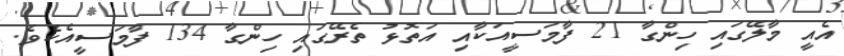
އެއީ މާލޭގައި ހިންގާ 21 ފާމަސީއަކާއި އަތޮޅު ތެރޭގައި ހިންގާ 134 ފާމަސީއެކެވެ.